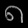
Digit: ၈